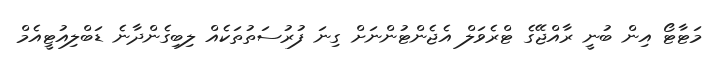
މަޓާޓޯ އިން ބުނީ ރާއްޖޭގެ ޓްރެވަލް އެޖެންޓުންނަށް ގިނަ ފުރުސަތުތަކެއް ލިބިގެންދާނެ ޑަބްލިއުޓީއެމް